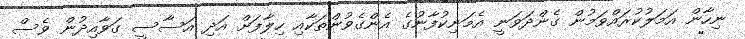
ނިހާން އަމަލުކުރައްވަމުން ގެންދަވަނީ އެމަނިކުފާނުގެ އެންގެވުންތަކާއި ހިލާފަށް އަދި އަސާސީ ގަވާއިދުން ވެސް